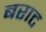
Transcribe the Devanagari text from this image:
बराट